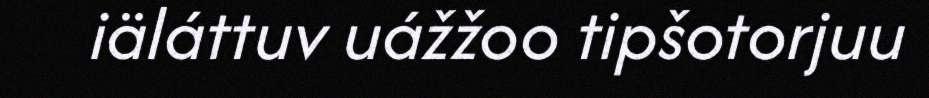
iäláttuv uážžoo tipšotorjuu